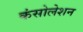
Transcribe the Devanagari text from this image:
कंसोलेशन